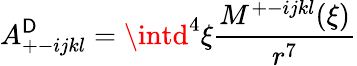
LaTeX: A_{+-ijkl}^{\mathsf{D}}=\intd^{4}\xi\frac{{M^{+-ijkl}(\xi)}}{{r^{7}}}